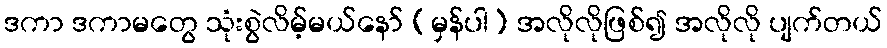
ဒကာ ဒကာမတွေ သုံးစွဲလိမ့်မယ်နော် (မှန်ပါ) အလိုလိုဖြစ်၍ အလိုလို ပျက်တယ်